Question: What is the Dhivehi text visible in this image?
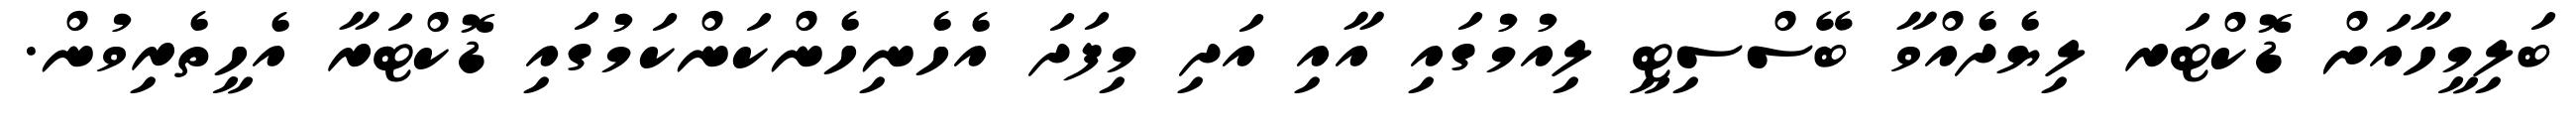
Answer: ބަލިމީހާއަށް ޑޮކްޓަރ ލިޔެދެއްވާ ބޭސްސިޓީ ލިއުމުގައި އާއި އަދި މިފަދަ އެހެނިހެންކަންކަމުގައި ޑޮކްޓަރާ އެހީތެރިވުން.